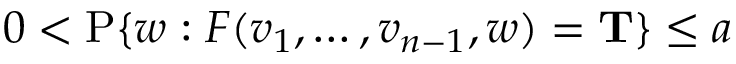
0 < \operatorname { P } \{ w : F ( v _ { 1 } , \ldots , v _ { n - 1 } , w ) = \mathbf { T } \} \leq a